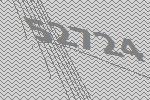
52724